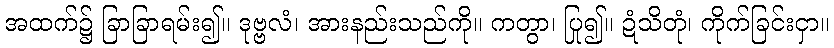
အထက်၌ ခြာခြာရမ်း၍။ ဒုဗ္ဗလံ၊ အားနည်းသည်ကို။ ကတွာ၊ ပြု၍။ ဍံသိတုံ၊ ကိုက်ခြင်းငှာ။